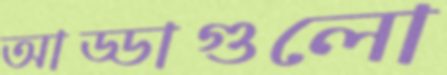
আড্ডাগুলো